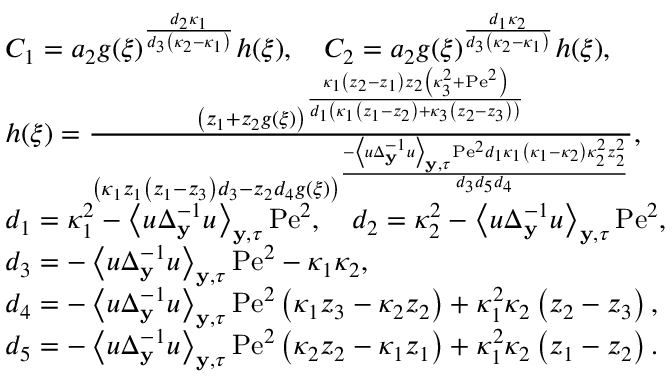
\begin{array} { r l } & { C _ { 1 } = a _ { 2 } g ( \xi ) ^ { \frac { d _ { 2 } \kappa _ { 1 } } { d _ { 3 } \left( \kappa _ { 2 } - \kappa _ { 1 } \right) } } h ( \xi ) , \quad C _ { 2 } = a _ { 2 } g ( \xi ) ^ { \frac { d _ { 1 } \kappa _ { 2 } } { d _ { 3 } \left( \kappa _ { 2 } - \kappa _ { 1 } \right) } } h ( \xi ) , } \\ & { h ( \xi ) = \frac { \left( z _ { 1 } + z _ { 2 } g ( \xi ) \right) ^ { \frac { \kappa _ { 1 } \left( z _ { 2 } - z _ { 1 } \right) z _ { 2 } \left( \kappa _ { 3 } ^ { 2 } + \mathrm { P e } ^ { 2 } \right) } { d _ { 1 } \left( \kappa _ { 1 } \left( z _ { 1 } - z _ { 2 } \right) + \kappa _ { 3 } \left( z _ { 2 } - z _ { 3 } \right) \right) } } } { \left( \kappa _ { 1 } z _ { 1 } \left( z _ { 1 } - z _ { 3 } \right) d _ { 3 } - z _ { 2 } d _ { 4 } g ( \xi ) \right) ^ { \frac { - \left\langle u \Delta _ { \mathbf { y } } ^ { - 1 } u \right\rangle _ { \mathbf { y } , \tau } \mathrm { P e } ^ { 2 } d _ { 1 } \kappa _ { 1 } \left( \kappa _ { 1 } - \kappa _ { 2 } \right) \kappa _ { 2 } ^ { 2 } z _ { 2 } ^ { 2 } } { d _ { 3 } d _ { 5 } d _ { 4 } } } } , } \\ & { d _ { 1 } = \kappa _ { 1 } ^ { 2 } - \left\langle u \Delta _ { \mathbf { y } } ^ { - 1 } u \right\rangle _ { \mathbf { y } , \tau } \mathrm { P e } ^ { 2 } , \quad d _ { 2 } = \kappa _ { 2 } ^ { 2 } - \left\langle u \Delta _ { \mathbf { y } } ^ { - 1 } u \right\rangle _ { \mathbf { y } , \tau } \mathrm { P e } ^ { 2 } , } \\ & { d _ { 3 } = - \left\langle u \Delta _ { \mathbf { y } } ^ { - 1 } u \right\rangle _ { \mathbf { y } , \tau } \mathrm { P e } ^ { 2 } - \kappa _ { 1 } \kappa _ { 2 } , } \\ & { d _ { 4 } = - \left\langle u \Delta _ { \mathbf { y } } ^ { - 1 } u \right\rangle _ { \mathbf { y } , \tau } \mathrm { P e } ^ { 2 } \left( \kappa _ { 1 } z _ { 3 } - \kappa _ { 2 } z _ { 2 } \right) + \kappa _ { 1 } ^ { 2 } \kappa _ { 2 } \left( z _ { 2 } - z _ { 3 } \right) , } \\ & { d _ { 5 } = - \left\langle u \Delta _ { \mathbf { y } } ^ { - 1 } u \right\rangle _ { \mathbf { y } , \tau } \mathrm { P e } ^ { 2 } \left( \kappa _ { 2 } z _ { 2 } - \kappa _ { 1 } z _ { 1 } \right) + \kappa _ { 1 } ^ { 2 } \kappa _ { 2 } \left( z _ { 1 } - z _ { 2 } \right) . } \end{array}